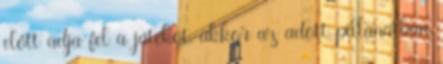
előtt adja fel a játékot, akkor az adott pillanatban